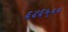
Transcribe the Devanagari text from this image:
६४६५००